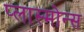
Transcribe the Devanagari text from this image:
प्लास्मोन्स